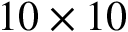
1 0 \times 1 0